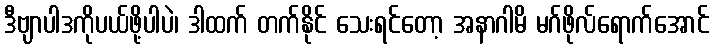
ဒီဗျာပါဒကိုပယ်ဖို့ပါပဲ၊ ဒါထက် တက်နိုင် သေးရင်တော့ အနာဂါမိ မဂ်ဖိုလ်ရောက်အောင်